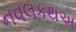
નવલકથઅ